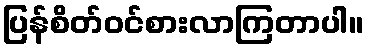
ပြန်စိတ်ဝင်စားလာကြတာပါ။